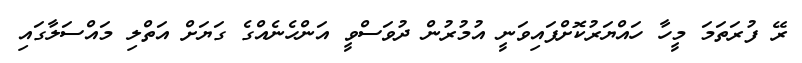
ރޭ ފުރަތަމަ މީހާ ހައްޔަރުކޮށްފައިވަނީ އުމުރުން ދުވަސްވީ އަންހެނެއްގެ ގަޔަށް އަތްލި މައްސަލާގައި